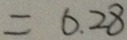
= 6 . 2 8